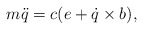
\begin{align*} m \ddot{q} = c(e + \dot{q}\times b),\end{align*}